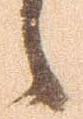
候